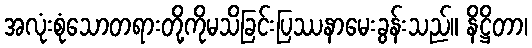
အလုံးစုံသောတရားတို့ကိုမသိခြင်းပြဿနာမေးခွန်းသည်။ နိဋ္ဌိတာ၊